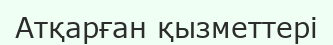
Атқарған қызметтері